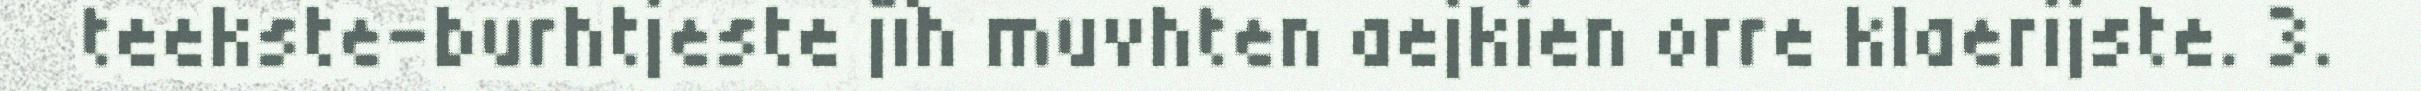
teekste-burhtjeste jïh muvhten aejkien orre klaerijste. 3.